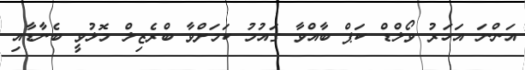
އަންނަ އަހަރު ވޯލްޑް ކަޕް ބާއްވާ ގައުމު ކަމަށްވާ ބްރެޒިލް މޮޅުވީ ބެނާޑާއި